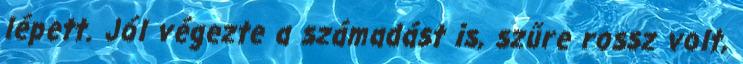
lépett. Jól végezte a számadást is, szűre rossz volt,